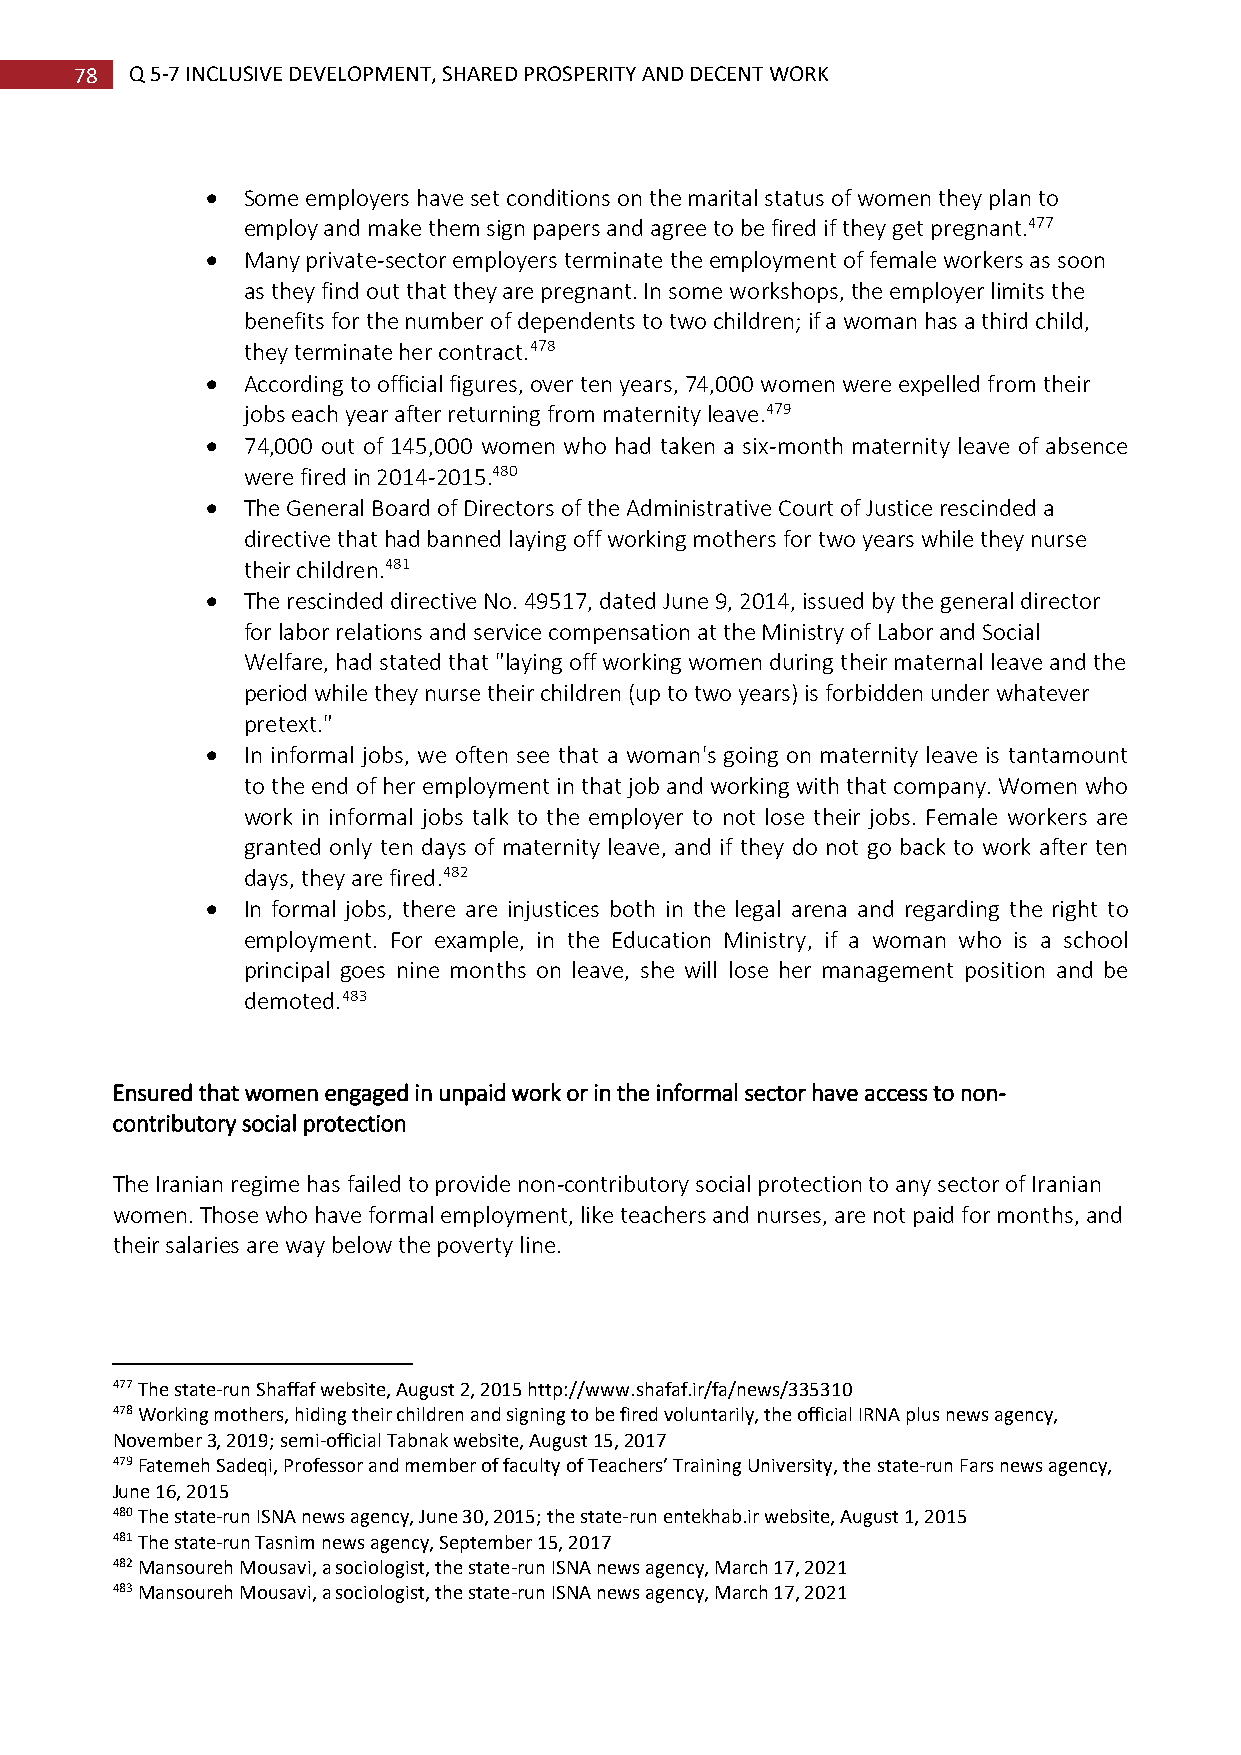
78  Q 5-7 INCLUSIVE DEVELOPMENT, SHARED PROSPERITY AND DECENT WORK
  Some employers have set conditions on the marital status of women they plan to
 employ and make them sign papers and agree to be fired if they get pregnant.477
  Many private-sector employers terminate the employment of female workers as soon
 as they find out that they are pregnant. In some workshops, the employer limits the
 benefits for the number of dependents to two children; if a woman has a third child,
 they terminate her contract.478
  According to official figures, over ten years, 74,000 women were expelled from their
 jobs each year after returning from maternity leave.479
  74,000 out of 145,000 women who had taken a six-month maternity leave of absence
 were fired in 2014-2015.480
  The General Board of Directors of the Administrative Court of Justice rescinded a
 directive that had banned laying off working mothers for two years while they nurse
 their children.481
  The rescinded directive No. 49517, dated June 9, 2014, issued by the general director
 for labor relations and service compensation at the Ministry of Labor and Social
 Welfare, had stated that "laying off working women during their maternal leave and the
 period while they nurse their children (up to two years) is forbidden under whatever
 pretext."
  In informal jobs, we often see that a woman's going on maternity leave is tantamount
 to the end of her employment in that job and working with that company. Women who
 work in informal jobs talk to the employer to not lose their jobs. Female workers are
 granted only ten days of maternity leave, and if they do not go back to work after ten
 days, they are fired.482
  In formal jobs, there are injustices both in the legal arena and regarding the right to
 employment. For example, in the Education Ministry, if a woman who is a school
 principal goes nine months on leave, she will lose her management position and be
 demoted.483
 Ensured that women engaged in unpaid work or in the informal sector have access to non-
 contributory social protection
 The Iranian regime has failed to provide non-contributory social protection to any sector of Iranian
 women. Those who have formal employment, like teachers and nurses, are not paid for months, and
 their salaries are way below the poverty line.
 477 The state-run Shaffaf website, August 2, 2015 http://www.shafaf.ir/fa/news/335310
 478 Working mothers, hiding their children and signing to be fired voluntarily, the official IRNA plus news agency,
 November 3, 2019; semi-official Tabnak website, August 15, 2017
 479 Fatemeh Sadeqi, Professor and member of faculty of Teachers’ Training University, the state-run Fars news agency,
 June 16, 2015
 480 The state-run ISNA news agency, June 30, 2015; the state-run entekhab.ir website, August 1, 2015
 481 The state-run Tasnim news agency, September 15, 2017
 482 Mansoureh Mousavi, a sociologist, the state-run ISNA news agency, March 17, 2021
 483 Mansoureh Mousavi, a sociologist, the state-run ISNA news agency, March 17, 2021